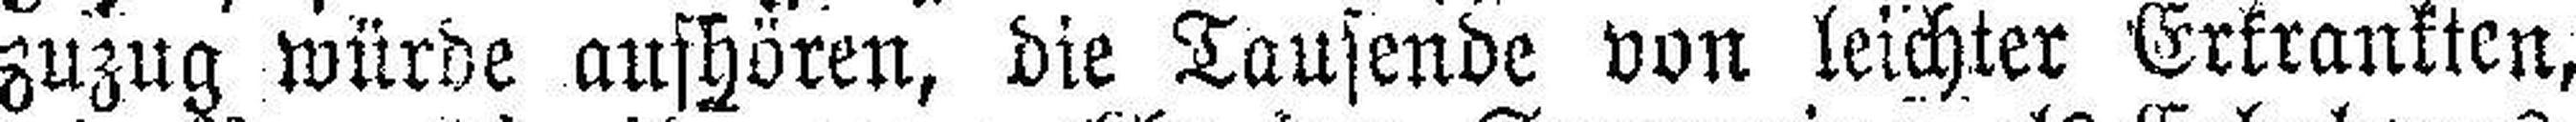
zuzug würde aufhören, die Tausende von leichter Erkrankten,